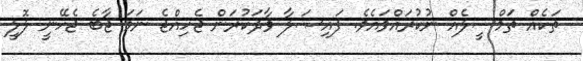
ތަކެއް ތަމްސީލެއް ނުކުރައްވައެވެ. ފައިޞަލާ ވާދަކުރަން ޖެހިއްޖެ ނަމަ ޖާބެ ޖެހޭނީ ލޮލީ